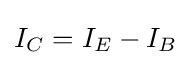
I_{C}=I_{E}-I_{B}